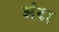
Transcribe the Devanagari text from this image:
अंदा